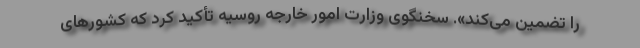
را تضمین می‌کند». سخنگوی وزارت امور خارجه روسیه تأکید کرد که کشورهای